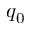
q _ { 0 }